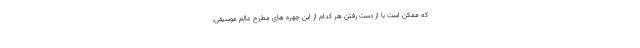
که ممکن است با از دست رفتن هر کدام از این چهره های مطرح عالم موسیقی،